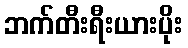
ဘက်တီးရီးယားပိုး